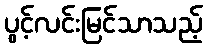
ပွင့်လင်းမြင်သာသည့်